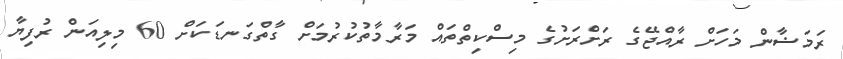
ރަމަޟާން މަހަށް ރާއްޖޭގެ ރަށްރަށުގެ މިސްކިތްތައް މަރާމާތުކުރުމަށް ގާތްގަނޑަކަށް 60 މިލިއަން ރުފިޔާ